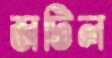
জটিল